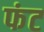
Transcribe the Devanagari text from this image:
फंट